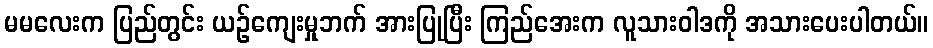
မမလေးက ပြည်တွင်း ယဉ်ကျေးမှုဘက် အားပြုပြီး ကြည်အေးက လူသားဝါဒကို အသားပေးပါတယ်။